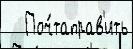
   Поч́таправ'ить